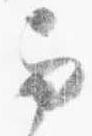
与